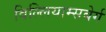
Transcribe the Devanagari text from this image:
विल्लियाम्सबेर्ग